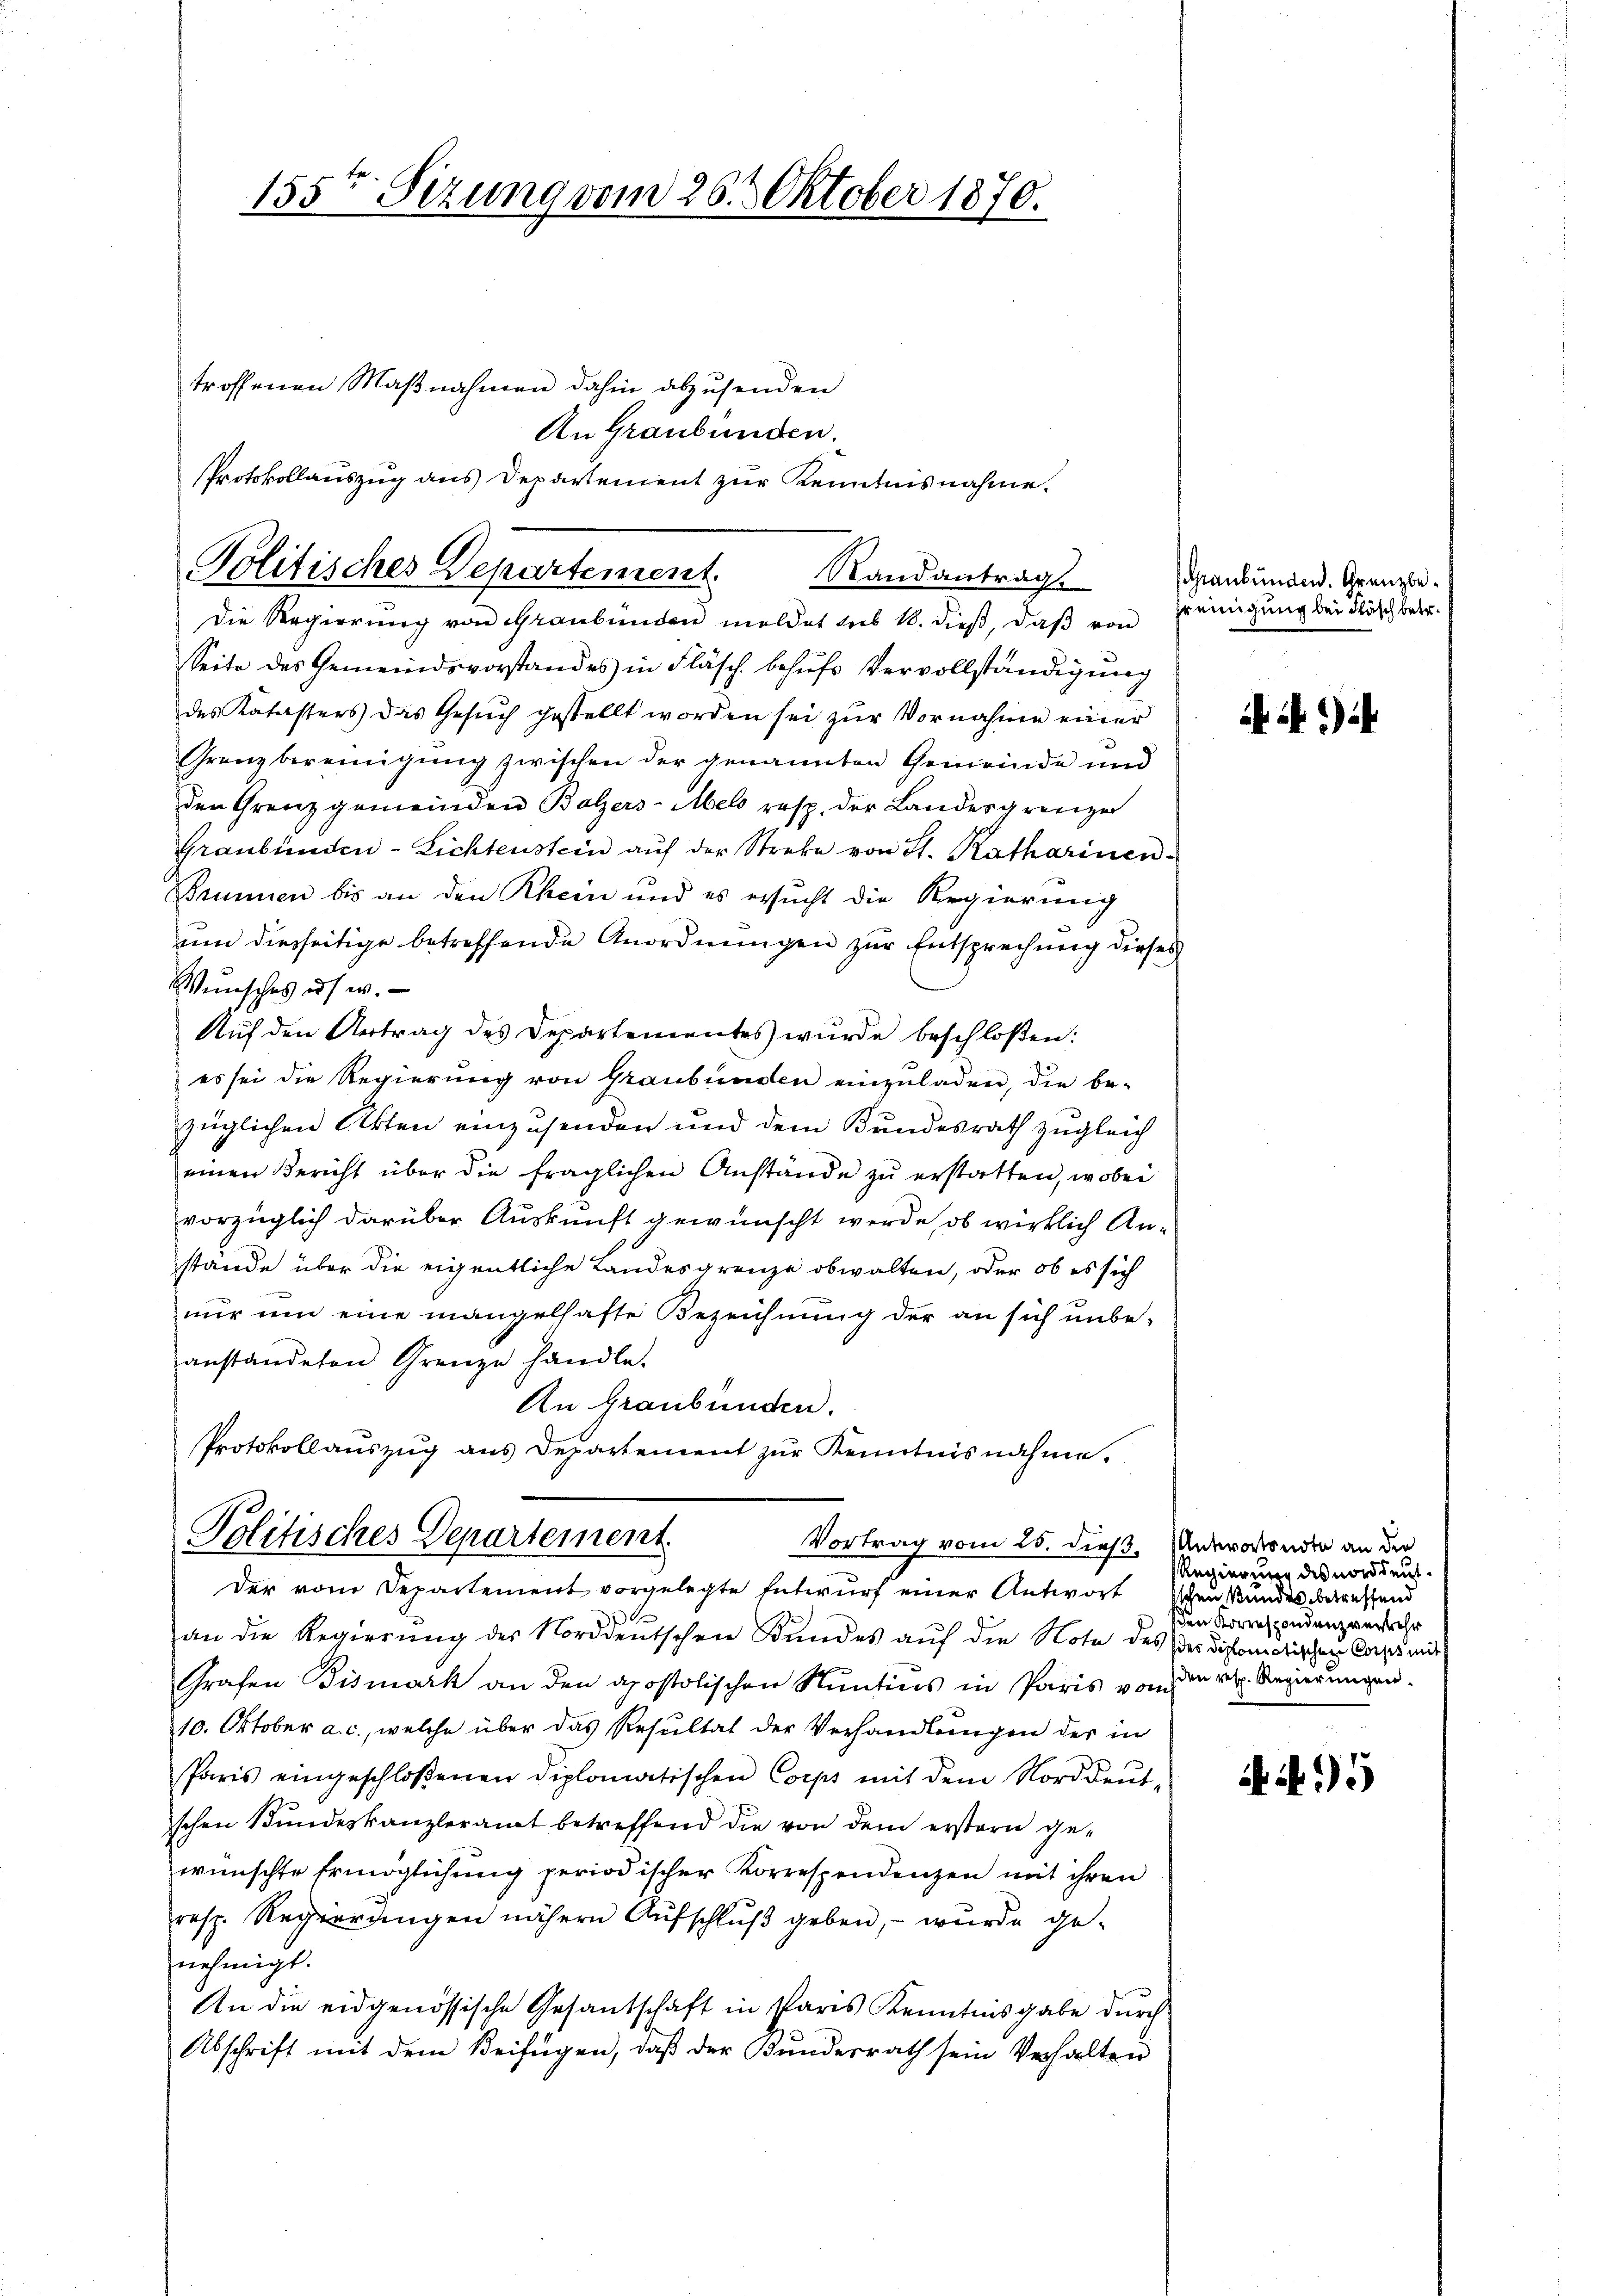
155ten Sizung vom 26. Oktober 1870.

troffenen Maβnahmen dahin abzusenden
An Graubünden.
Seite des Gemeindsvorstandes in Fläsch behufs Vervollständigung
des Katasters das Gesuch gestellt worden sei zur Vornahme einer
Grenz bereinigung zwischen der genannten Gemeinde und
den Grenz gemeinden Balzers-Mel resp. der Landesgrenzen
Graubünden-Lichtenstein aŭf der Streke von St. Katharinen
Brunnen bis an den Rhein und es ersucht die Regierung
um diesseitige betreffende Anordnungen zur Entsprechung dieses
Wunsches usw.
Auf den Antrag des Departementes wurde beschloßen:
es sei die Regierung von Graubünden einzŭladen, die be-
züglichen Akten einzusenden und dem Bundesrath zugleich
einen Bericht über die fraglichen Anstände zu erstatten, wobei
vorzüglich darüber Auskunft gewünscht werde, ob wirklich Anstande über die eigentliche Landesgrenze obwalten, oder ob es sich
nur um eine mangelhafte Bezeichnung der an sich unbe-
anstandeten Grenze handle.
An Graubünden.
Protokollaŭszŭg ans Departement zŭr Kenntnisnahme.
Politisches Departement
Vortrag vom 25. dieß. Undererstandte an die
Der vom Departement vorgelegte Entwurf einer Antwort schen Bundes betreffend
an die Regierŭng der Norddeutschen Bundes auf die Note des Herreichen Casse
Grafen Fismark an den apostolischen Nuntins in Paris von den v. Regierungen.
10. Oktober a. c., welche über das Resultat der Verhandlungen der in
Paris eingeschloßenen diplomatischen Corps mit dem Norddeut-
schen Bundeskanzleramt betreffend die von dem erstern ge-
wünschte Ermöglichung periodischer Korrespendenzen mit ihren
resp. Regierungen nähern Aufschluß geben, – wurde genehmigt.
An die eidgenössische Gesantschaft in Paris Kenntnisgabe dŭrch
Abschrift mit dem Beifügen, daß der Bundesrath sein Verhalten

Protokollauszug aus Departement zur Kenntnisnahme.
Politisches Departement. Randantrag
Die Regierung von Graubünden meldet sub 18. dieß, daß von

Graubünden. Grenzbe¬
Greinigung bei Fläsch betr.

)

Regierung des norddeutden Korrespondenz verkehr

A 495